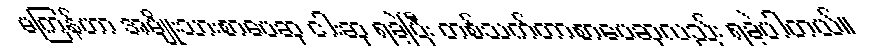
မကြန်ဟာ အမျိုးသားစာပေဆု ငါးဆု ရခဲ့ပြီး တစ်သက်တာစာပေဆုလည်း ရခဲ့ပါတယ်။